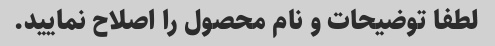
لطفا توضیحات و نام محصول را اصلاح نمایید.